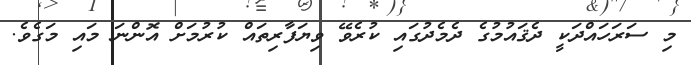
މި ސަރަހައްދަކީ ދެޤައުމުގެ ދެމެދުގައި ކުރެވޭ ވިޔަފާރިތައް ކުރުމަށް އޮންނަ މައި މަގެވެ.